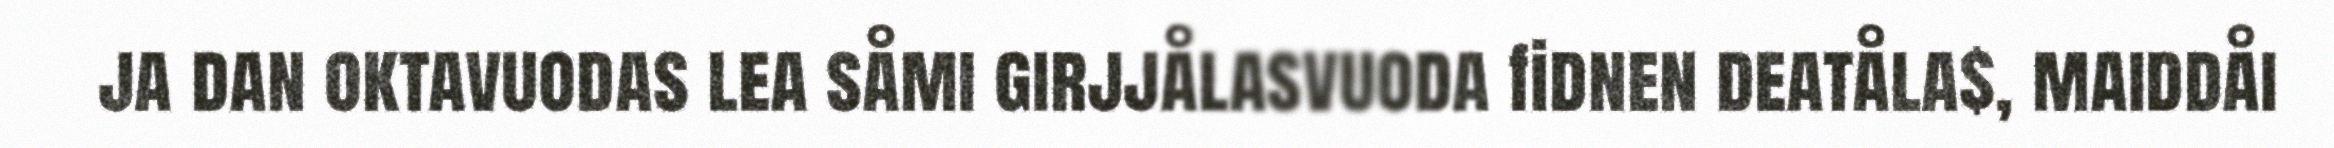
ja dan oktavuodas lea såmi girjjålasvuoda fidnen deatåla$, maiddåi